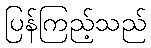
ပြန်ကြည့်သည်